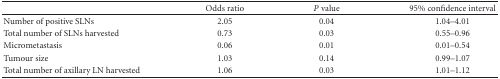
|  | Odds ratio | P value | 95% confidence interval |
 | --- | --- | --- | --- |
 | Number of positive SLNs | 2.05 | 0.04 | 1.04–4.01 |
 | Total number of SLNs harvested | 0.73 | 0.03 | 0.55–0.96 |
 | Micrometastasis | 0.06 | 0.01 | 0.01–0.54 |
 | Tumour size | 1.03 | 0.14 | 0.99–1.07 |
 | Total number of axillary LN harvested | 1.06 | 0.03 | 1.01–1.12 |